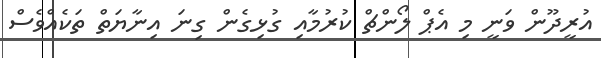
އުރީދޫން ވަނީ މި އެޕް ލޯންޗް ކުރުމާއި ގުޅިގެން ގިނަ އިނާޔަތް ތަކެއްވެސް